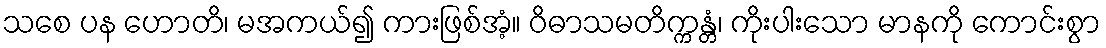
သစေ ပန ဟောတိ၊ မအကယ်၍ ကားဖြစ်အံ့။ ဝိဓာသမတိက္ကန္တံ၊ ကိုးပါးသော မာနကို ကောင်းစွာ